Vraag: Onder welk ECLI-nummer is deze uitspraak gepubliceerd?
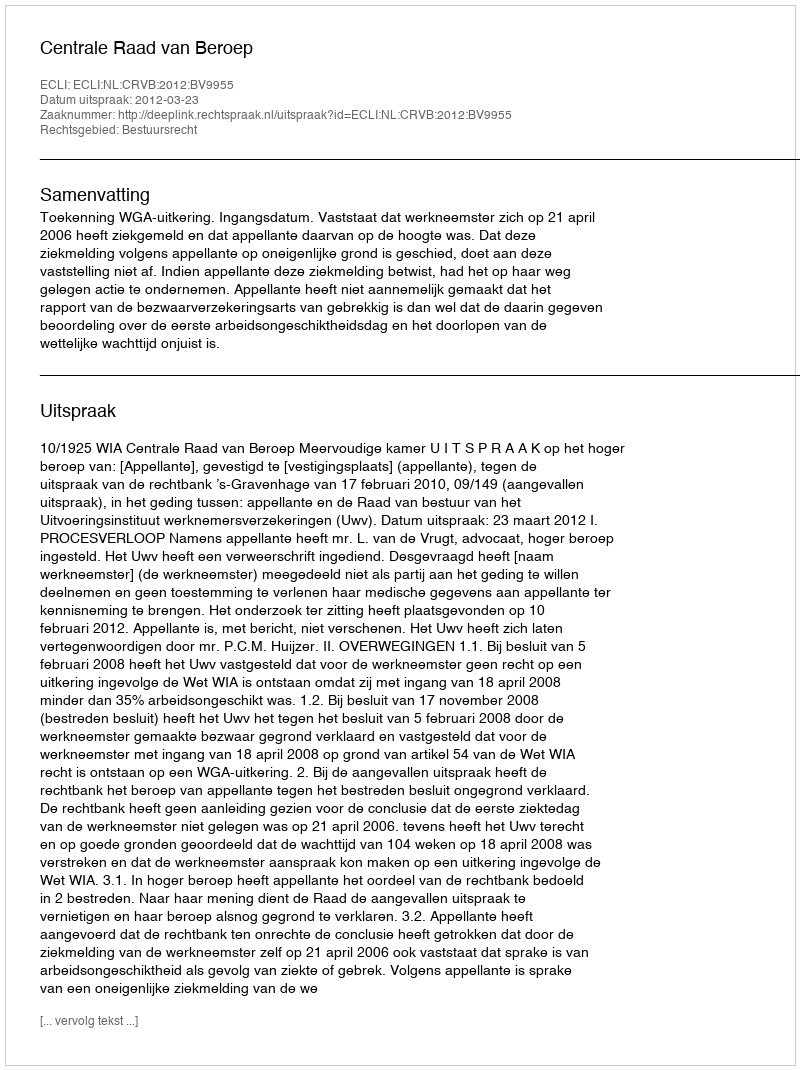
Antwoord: ECLI:NL:CRVB:2012:BV9955